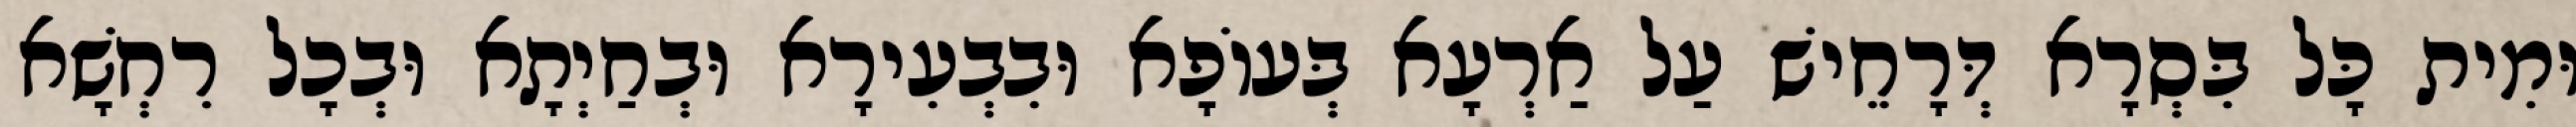
וּמִית כָּל בִּסְרָא דְּרָחֵישׁ עַל אַרְעָא בְּעוֹפָא וּבִבְעִירָא וּבְחַיְתָא וּבְכָל רִחְשָׁא